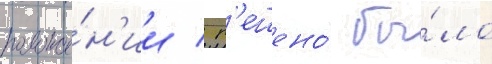
положе́н'ии / р'ешено́ бы́ло